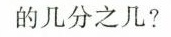
的几分之几?